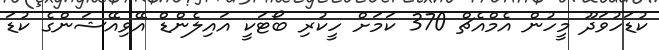
ކުޑަހުވަދޫ މީހުން އެމްއެޗް 370 ކަމަށް ހީކުރި ބޯޓަކީ އައިލެންޑް އޭވިއޭޝަންގެ ކުޑަ